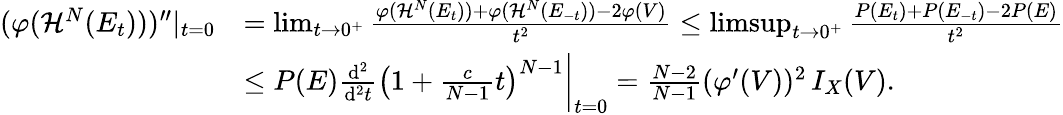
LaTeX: \begin{array}{rl}{(\varphi(\mathcal{H}^{N}(E_{t})))^{\prime\prime}|_{t=0}}&{=\operatorname*{lim}_{t\to 0^{+}}\frac{\varphi(\mathcal{H}^{N}(E_{t}))+\varphi(\mathcal{H}^{N}(E_{-t}))-2\varphi(V)}{t^{2}}\le\operatorname*{limsup}_{t\to 0^{+}}\frac{P(E_{t})+P(E_{-t})-2P(E)}{t^{2}}}\\ &{\le P(E)\frac{\mathrm{d}^{2}}{\mathrm{d}^{2}t}\left(1+\frac{c}{N-1}t\right)^{N-1}\bigg|_{t=0}=\frac{N-2}{N-1}(\varphi^{\prime}(V))^{2}\, I_{X}(V).}\end{array}